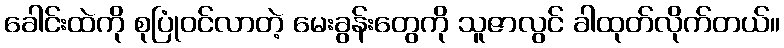
ခေါင်းထဲကို စုပြုံဝင်လာတဲ့ မေးခွန်းတွေကို သူဇာလွင် ခါထုတ်လိုက်တယ်။